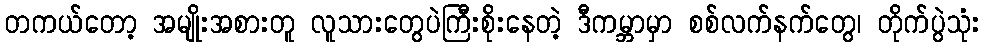
တကယ်တော့ အမျိုးအစားတူ လူသားတွေပဲကြီးစိုးနေတဲ့ ဒီကမ္ဘာမှာ စစ်လက်နက်တွေ၊ တိုက်ပွဲသုံး